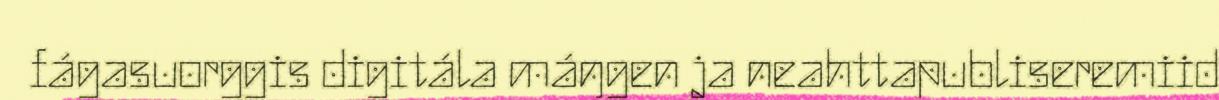
fágasuorggis digitála máŋgen ja neahttapubliseremiid